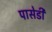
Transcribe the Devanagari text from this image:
पासेडी